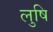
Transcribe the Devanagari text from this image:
लुषि